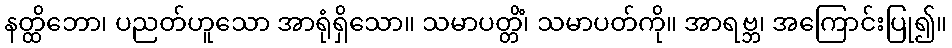
နတ္ထိဘော၊ ပညတ်ဟူသော အာရုံရှိသော။ သမာပတ္တိံ၊ သမာပတ်ကို။ အာရဗ္ဘ၊ အကြောင်းပြု၍။